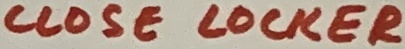
Text: CLOSE LOCKER